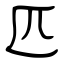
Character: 匹